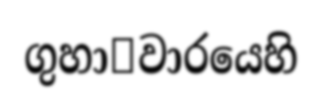
ගුහා෾වාරයෙහි